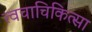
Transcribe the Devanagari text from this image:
त्वचाचिकित्सा